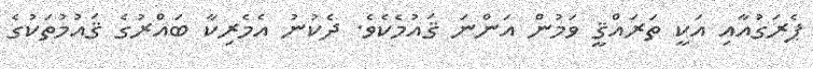
ޕެރަގުއާއި އަކީ ތަރައްޤީ ވަމުން އަންނަ ޤައުމެކެވެ. ދެކުނު އެމެރިކާ ބައްރުގެ ޤައުމުތަކުގެ